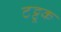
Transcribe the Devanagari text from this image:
टट्टूक